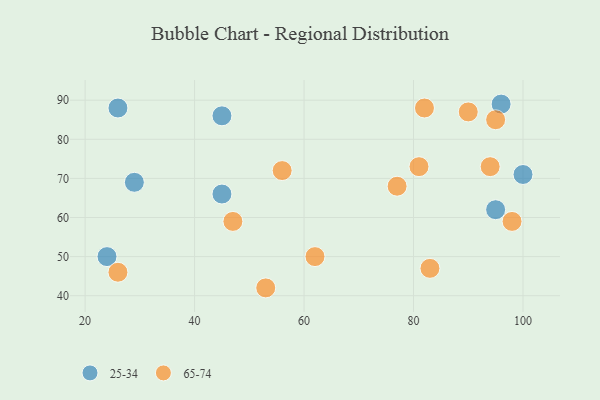
{"axis": {"x": "GDP", "y": "Life Expectancy"}, "legend": ["25-34", "65-74"], "data": [{"x": "29", "y": 69, "type": "25-34"}, {"x": "45", "y": 86, "type": "25-34"}, {"x": "100", "y": 71, "type": "25-34"}, {"x": "96", "y": 89, "type": "25-34"}, {"x": "26", "y": 88, "type": "25-34"}, {"x": "24", "y": 50, "type": "25-34"}, {"x": "95", "y": 62, "type": "25-34"}, {"x": "45", "y": 66, "type": "25-34"}, {"x": "77", "y": 68, "type": "65-74"}, {"x": "95", "y": 85, "type": "65-74"}, {"x": "90", "y": 87, "type": "65-74"}, {"x": "81", "y": 73, "type": "65-74"}, {"x": "62", "y": 50, "type": "65-74"}, {"x": "53", "y": 42, "type": "65-74"}, {"x": "94", "y": 73, "type": "65-74"}, {"x": "56", "y": 72, "type": "65-74"}, {"x": "98", "y": 59, "type": "65-74"}, {"x": "82", "y": 88, "type": "65-74"}, {"x": "83", "y": 47, "type": "65-74"}, {"x": "26", "y": 46, "type": "65-74"}, {"x": "47", "y": 59, "type": "65-74"}]}